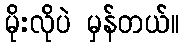
မိုးလိုပဲ မှန်တယ်။